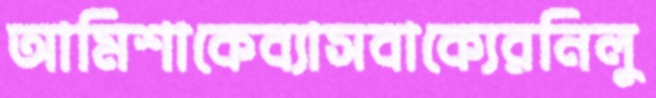
আমিশাকেব্যাসবাক্যেরনিলু